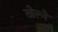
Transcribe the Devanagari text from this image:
खेल्ने